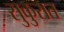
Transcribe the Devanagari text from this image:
सुकुरात